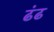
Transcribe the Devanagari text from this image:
ढंढ